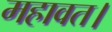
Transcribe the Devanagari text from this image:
महावत।